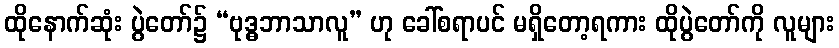
ထိုနောက်ဆုံး ပွဲတော်၌ “ဗုဒ္ဓဘာသာလူ” ဟု ခေါ်စရာပင် မရှိတော့ရကား ထိုပွဲတော်ကို လူများ